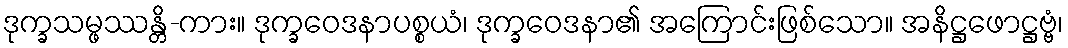
ဒုက္ခသမ္ဖဿန္တိ-ကား။ ဒုက္ခဝေဒနာပစ္စယံ၊ ဒုက္ခဝေဒနာ၏ အကြောင်းဖြစ်သော။ အနိဋ္ဌဖောဋ္ဌဗ္ဗံ၊